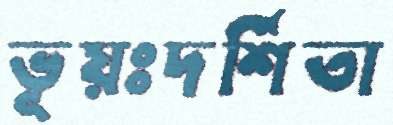
ভূয়ঃদর্শিতা